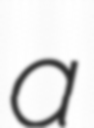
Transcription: a